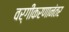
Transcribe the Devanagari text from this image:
वर्गीकरणानंतर